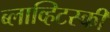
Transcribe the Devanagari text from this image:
ब्लाव्हिटस्‍की